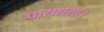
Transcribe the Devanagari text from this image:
पाराशराः।